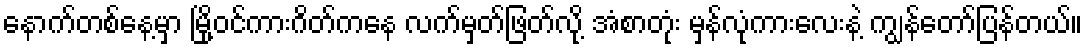
နောက်တစ်နေ့မှာ မြို့ဝင်ကားဂိတ်ကနေ လက်မှတ်ဖြတ်လို့ အံစာတုံး မှန်လုံကားလေးနဲ့ ကျွန်တော်ပြန်တယ်။